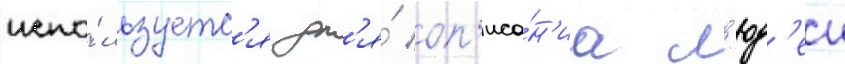
испо́льзуетс'я дл'я́ оп'иса́н'иа л'юд'еи